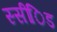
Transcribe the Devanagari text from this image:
स्सींिड